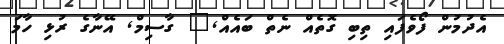
އެދުމުން ފޯވެފައި ތިބި ގޮތެއް ނެތް ބައެއް